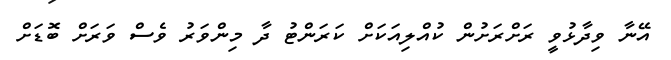
އޭނާ ވިދާޅުވީ ރަށްރަށުން ކުއްލިއަކަށް ކަރަންޓު ދާ މިންވަރު ވެސް ވަރަށް ބޮޑަށް